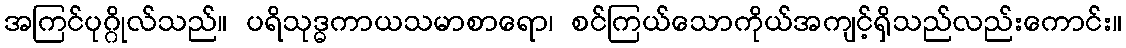
အကြင်ပုဂ္ဂိုလ်သည်။ ပရိသုဒ္ဓကာယသမာစာရော၊ စင်ကြယ်သောကိုယ်အကျင့်ရှိသည်လည်းကောင်း။